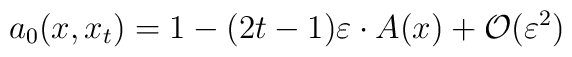
a_0(x,x_t)=1-(2t-1)\varepsilon \cdot A(x)+{\cal O}(\varepsilon ^2)